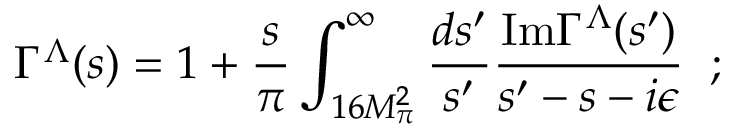
\Gamma ^ { \Lambda } ( s ) = 1 + { \frac { s } { \pi } } \int _ { 1 6 M _ { \pi } ^ { 2 } } ^ { \infty } { \frac { d s ^ { \prime } } { s ^ { \prime } } } { \frac { \mathrm { I m } \Gamma ^ { \Lambda } ( s ^ { \prime } ) } { s ^ { \prime } - s - i \epsilon } } \; \; ;